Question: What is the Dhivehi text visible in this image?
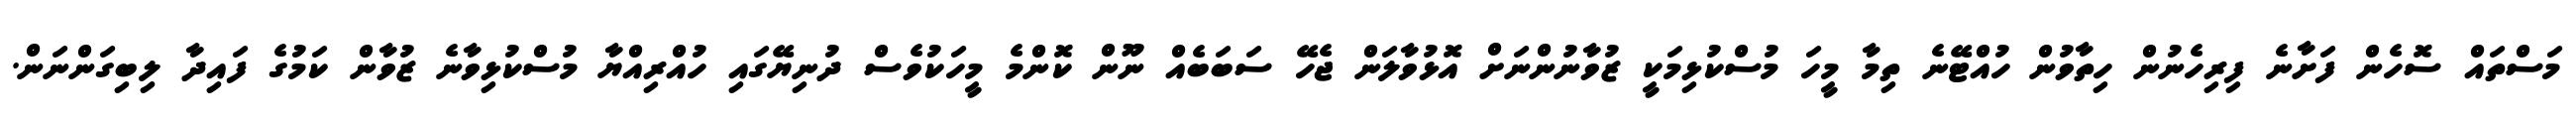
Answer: މަސްތައް ސޮހެން ފަށާނެ ފިރިހެނުން ހިތާވުން ހުއްޓޭނެ ތިމާ މީހަ މުސްކުޅިމަކީ ޒުވާނުންނަށް އޮޅުވާލަން ޖެހޭ ސަބަބެއް ނޫން ކޮންމެ މީހަކުވެސް ދުނިޔޭގައި ހުއްރިއްޔާ މުސްކުޅިވާނެ ޒުވާން ކަމުގެ ފައިދާ ލިބިގަންނަން.